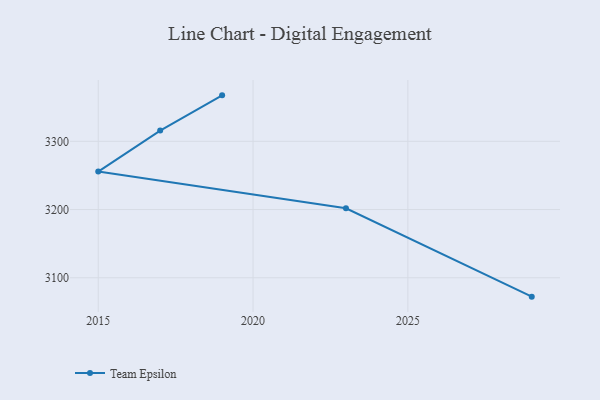
{"axis": {"x": "Year", "y": "Waste Production (Tons)"}, "legend": ["Team Epsilon"], "data": [{"x": "2029", "y": 3072.3, "type": "Team Epsilon"}, {"x": "2023", "y": 3201.9, "type": "Team Epsilon"}, {"x": "2015", "y": 3255.7, "type": "Team Epsilon"}, {"x": "2017", "y": 3315.7, "type": "Team Epsilon"}, {"x": "2019", "y": 3367.4, "type": "Team Epsilon"}]}